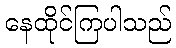
နေထိုင်ကြပါသည်